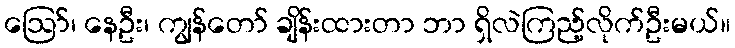
ဪ၊ နေဦး၊ ကျွန်တော် ချိန်းထားတာ ဘာ ရှိလဲကြည့်လိုက်ဦးမယ်။